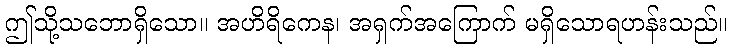
ဤသို့သဘောရှိသော။ အဟိရိကေန၊ အရှက်အကြောက် မရှိသောရဟန်းသည်။